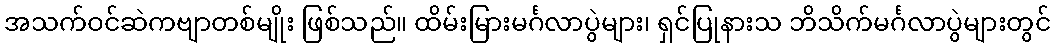
အသက်ဝင်ဆဲကဗျာတစ်မျိုး ဖြစ်သည်။ ထိမ်းမြားမင်္ဂလာပွဲများ၊ ရှင်ပြုနားသ ဘိသိက်မင်္ဂလာပွဲများတွင်